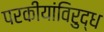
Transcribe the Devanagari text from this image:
परकीयांविरुद्ध